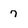
Character: 7